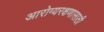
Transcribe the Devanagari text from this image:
आरोग्यरक्षणासाठी